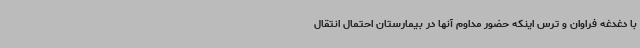
با دغدغه فراوان و ترس اینکه حضور مداوم آنها در بیمارستان احتمال انتقال